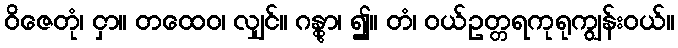
ဝိဇေတုံ၊ ငှာ။ တထေဝ၊ လျှင်။ ဂန္တွာ၊ ၍။ တံ၊ ဝယ်ဥတ္တရကုရုကျွန်းဝယ်။